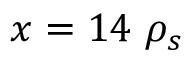
x = 1 4 \ \rho _ { s }